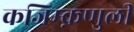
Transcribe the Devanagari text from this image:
कजिम्क़णुली